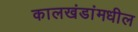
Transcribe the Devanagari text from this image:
कालखंडांमधील